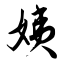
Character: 姨